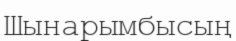
Шынарымбысың